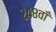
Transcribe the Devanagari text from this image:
२४८वाँ